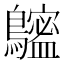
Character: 𪆮